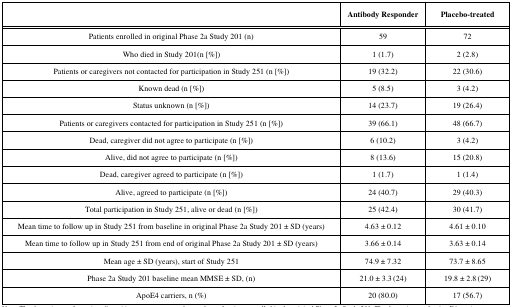
<table><thead><tr><td></td><td><b>Antibody Responder</b></td><td><b>Placebo-treated</b></td></tr></thead><tbody><tr><td>Patients enrolled in original Phase 2a Study 201 (n)</td><td>59</td><td>72</td></tr><tr><td>Who died in Study 201(n [%])</td><td>1 (1.7)</td><td>2 (2.8)</td></tr><tr><td>Patients or caregivers not contacted for participation in Study 251 (n [%])</td><td>19 (32.2)</td><td>22 (30.6)</td></tr><tr><td>Known dead (n [%])</td><td>5 (8.5)</td><td>3 (4.2)</td></tr><tr><td>Status unknown (n [%])</td><td>14 (23.7)</td><td>19 (26.4)</td></tr><tr><td>Patients or caregivers contacted for participation in Study 251 (n [%])</td><td>39 (66.1)</td><td>48 (66.7)</td></tr><tr><td>Dead, caregiver did not agree to participate (n [%])</td><td>6 (10.2)</td><td>3 (4.2)</td></tr><tr><td>Alive, did not agree to participate (n [%])</td><td>8 (13.6)</td><td>15 (20.8)</td></tr><tr><td>Dead, caregiver agreed to participate (n [%])</td><td>1 (1.7)</td><td>1 (1.4)</td></tr><tr><td>Alive, agreed to participate (n [%])</td><td>24 (40.7)</td><td>29 (40.3)</td></tr><tr><td>Total participation in Study 251, alive or dead (n [%])</td><td>25 (42.4)</td><td>30 (41.7)</td></tr><tr><td>Mean time to follow up in Study 251 from baseline in original Phase 2a Study 201 ± SD (years)</td><td>4.63 ± 0.12</td><td>4.61 ± 0.10</td></tr><tr><td>Mean time to follow up in Study 251 from end of original Phase 2a Study 201 ± SD (years)</td><td>3.66 ± 0.14 </td><td>3.63 ± 0.14 </td></tr><tr><td>Mean age ± SD (years), start of Study 251</td><td>74.9 ± 7.32</td><td>73.7 ± 8.65</td></tr><tr><td>Phase 2a Study 201 baseline mean MMSE ± SD, (n)</td><td>21.0 ± 3.3 (24)</td><td>19.8 ± 2.8 (29)</td></tr><tr><td>ApoE4 carriers, n (%)</td><td>20 (80.0)</td><td>17 (56.7)</td></tr></tbody></table>